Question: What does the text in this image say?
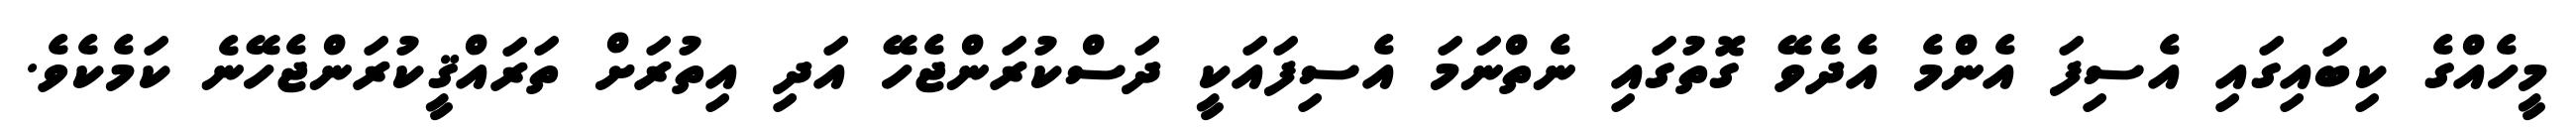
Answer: މީހެއްގެ ކިބައިގައި އެސިފަ އެންމެ އެދެވޭ ގޮތުގައި ނެތްނަމަ އެސިފައަކީ ދަސްކުރަންޖެހޭ އަދި އިތުރަށް ތަރައްޤީކުރަންޖެހޭނެ ކަމެކެވެ.